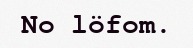
No löfom.